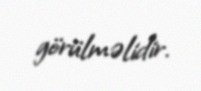
görülməlidir.